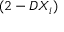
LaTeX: ( 2 - D X _ { i } )